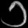
Digit: ၁